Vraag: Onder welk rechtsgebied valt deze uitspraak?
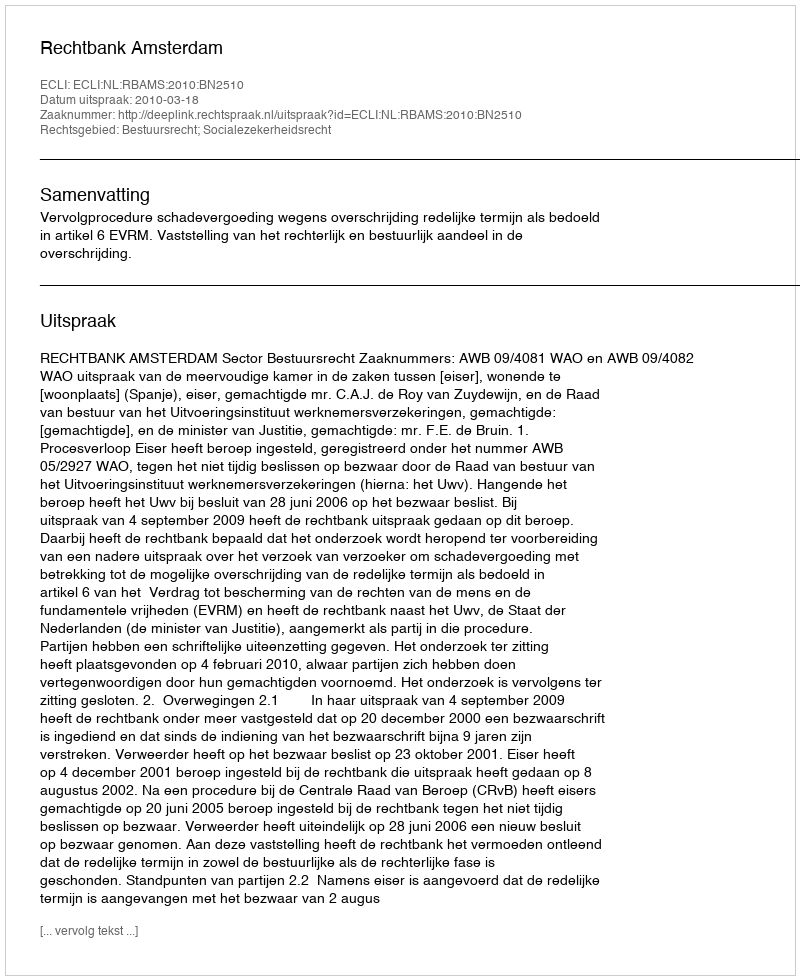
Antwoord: Bestuursrecht; Socialezekerheidsrecht